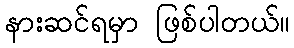
နားဆင်ရမှာ ဖြစ်ပါတယ်။